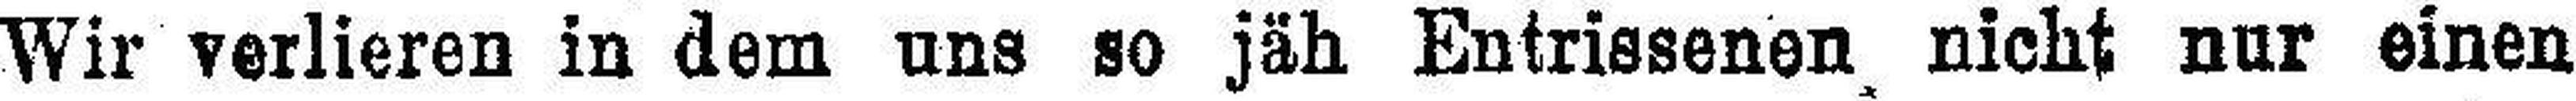
Wir verlieren in dem uns so jäh Entrissenen nicht nur einen